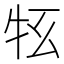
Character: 𤘳